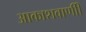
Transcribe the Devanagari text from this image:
आकाशवाणीी